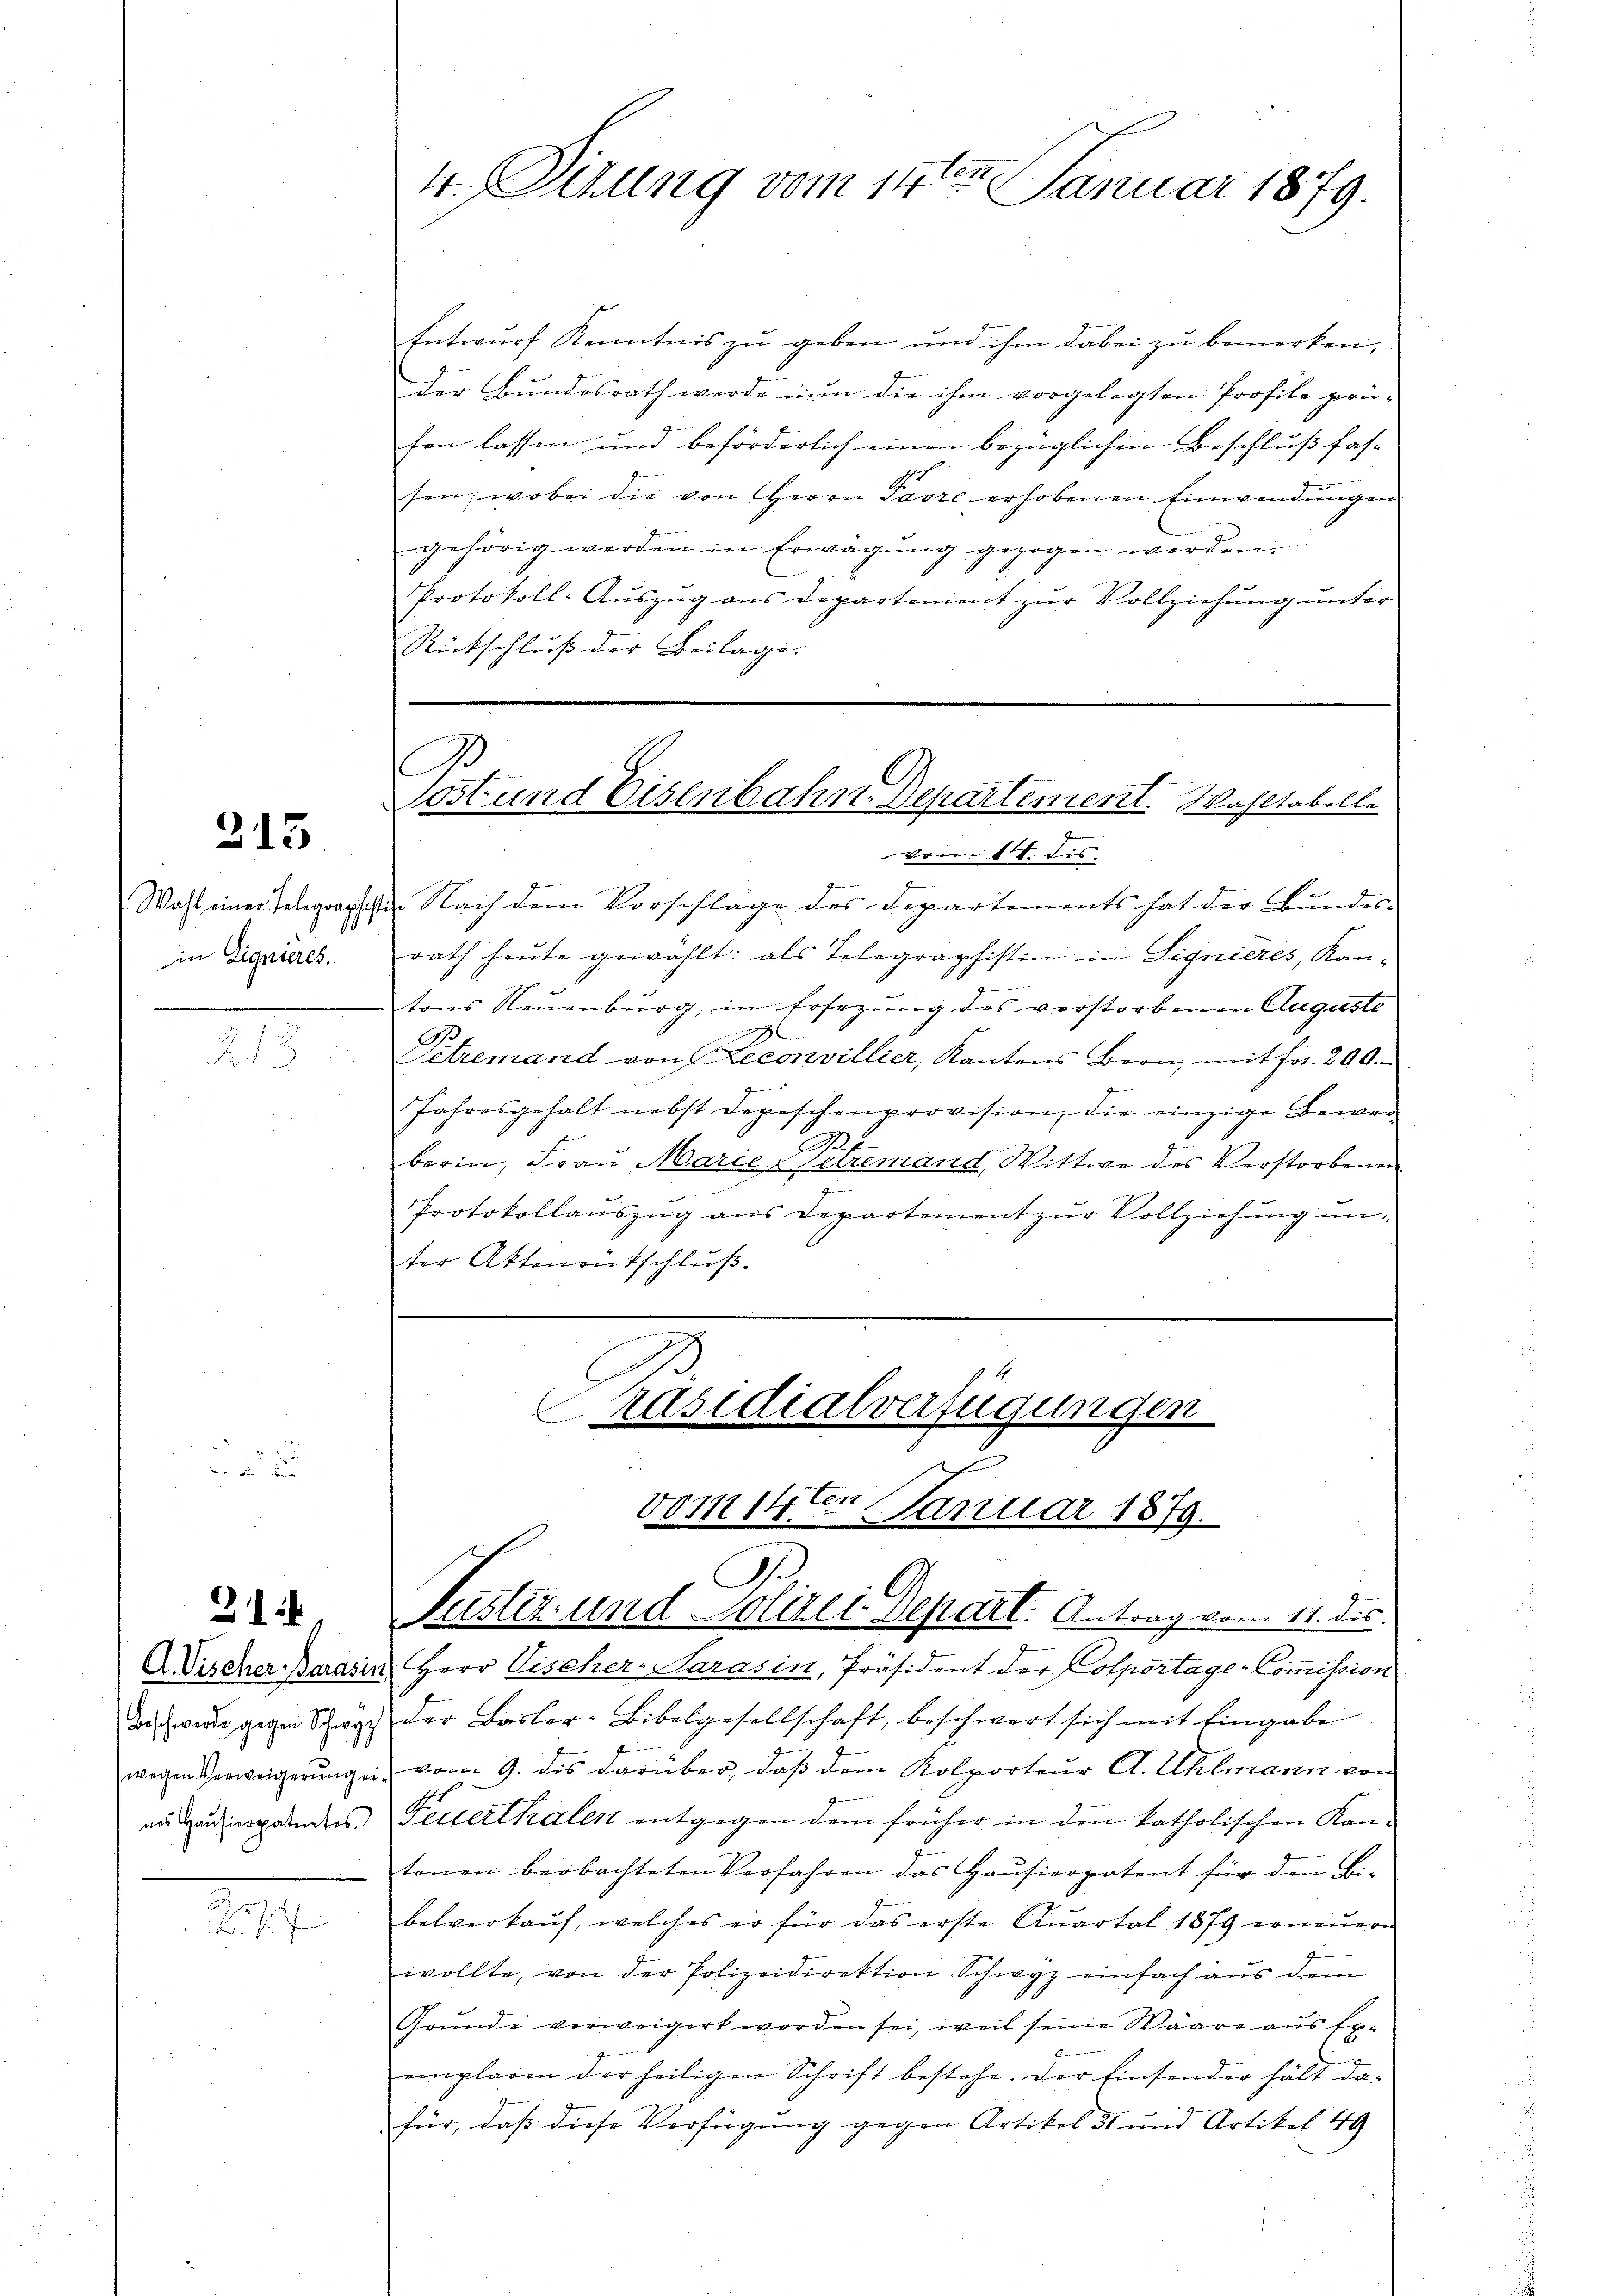
213

in Lignieres.

B. di

Beschwerde gegen Schwyz
nes Hausierpatentes.

2

t
4.Sizung vom 14ten Januar 1879.

Entwurf Kenntnis zu geben und ihm dabei zu bemerken,
der Bundesrath werde nun die ihm vorgelegten Profile prü-
fen lassen und beförderlich einen bezüglichen Beschluß fas-
9
sen; wobei die von Herrn Parre erhobenen Einwendungen
gehörig werden in Erwägung gezogen werden.
Protokoll-Auszug aus Departement zur Vollziehung unter
Rückschluß der Beilage.
vom 14. dis
Wahl einer Telegraphist. Nach dem Vorschläge des Departements hat der Bundes-
rath heute gewählt: als Telegraphistin in Lignieres, Kantons Neuenburg, in Ersezung des verstorbenen Auguste
d
Petremand von Leconvillier, Kantons Bern, mit fr. 200.
G
g
Jahresgehalt nebst Depeschenprovision, die einzige Bewer
.
berin, Frau Marie - Getremand, Wittwe des Verstorbenen
Protokollaŭszŭg ans Departement zŭr Vollziehŭng ŭn-
ter Attenentschluß.

A
Söst und Eisenbahn-Departement. Wahltabelle

räsidialverfügungen
8071114 ten
2 Januar 1879.
G.
Pustiz- und Polizei Depart. Antrag vom 11. dis.

DDischer Barasin, Herr Vischer-Sarasin, Präsident der Colportage-Commission
 der Basler-Bibelgesellschaft, beschwert sich mit Eingabe
wegen Verweigerŭng ein vom 9. des darüber, daβ dem Kolporteŭr A. Uhlmann von
Feuerthalen entgegen dem früher in den katholischen Kantonen beobachteten Verfahren das Hausierpatent für den Bi-
belverkauf, welches er für das erste Quartal 1879 erneuern
wollte, von der Polizeidirektion Schwyz einfach aus dem
Grunde verweigert worden sei, weil seine Waare aus Ex-
emplaren der heiligen Schrift bestehe. Der Einsender hält da-
für, daß diese Verfügung gegen Artikel 31 und Artikel 49